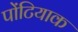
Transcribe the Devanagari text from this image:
पोंटियाक